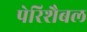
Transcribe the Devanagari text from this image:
पेरिशैबल